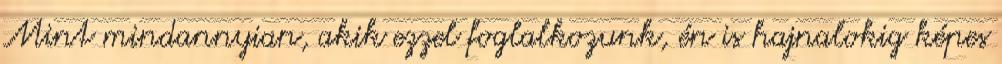
Mint mindannyian, akik ezzel foglalkozunk, én is hajnalokig képes